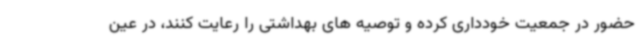
حضور در جمعیت خودداری کرده و توصیه های بهداشتی را رعایت کنند، در عین